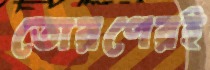
তোরণেরই